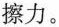
擦力。